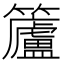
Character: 𮆿